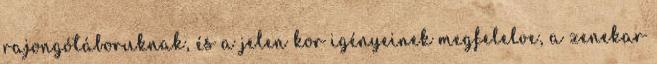
rajongótáboruknak, és a jelen kor igényeinek megfelelve, a zenekar